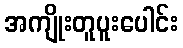
အကျိုးတူပူးပေါင်း